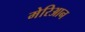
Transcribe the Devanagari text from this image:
मेरिआन